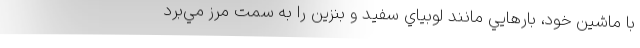
با ماشين خود، بارهايي مانند لوبياي سفيد و بنزين را به سمت مرز مي‌برد